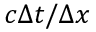
c \Delta t / \Delta x